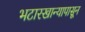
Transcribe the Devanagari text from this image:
भटारखान्यापासून